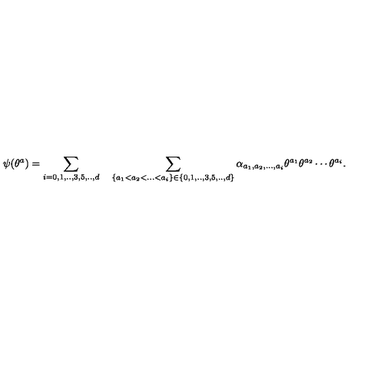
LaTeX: \psi ( \theta ^ { a } ) = \sum _ { i = 0 , 1 , . . , 3 , 5 , . . , d } \quad \sum _ { \{ a _ { 1 } < a _ { 2 } < . . . < a _ { i } \} \in \{ 0 , 1 , . . , 3 , 5 , . . , d \} } \alpha _ { a _ { 1 } , a _ { 2 } , . . . , a _ { i } } \theta ^ { a _ { 1 } } \theta ^ { a _ { 2 } } \cdots \theta ^ { a _ { i } } .